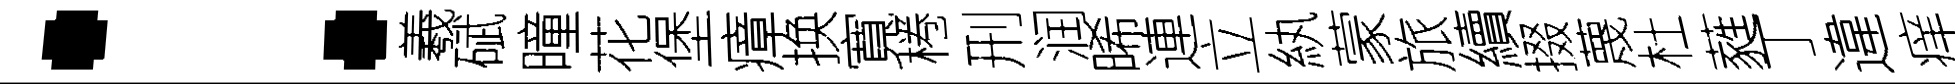
：羲碔曈花堡瘴换寬棬刑润晞連立紈蒙旅續掇蔑杜蕤丁違痒